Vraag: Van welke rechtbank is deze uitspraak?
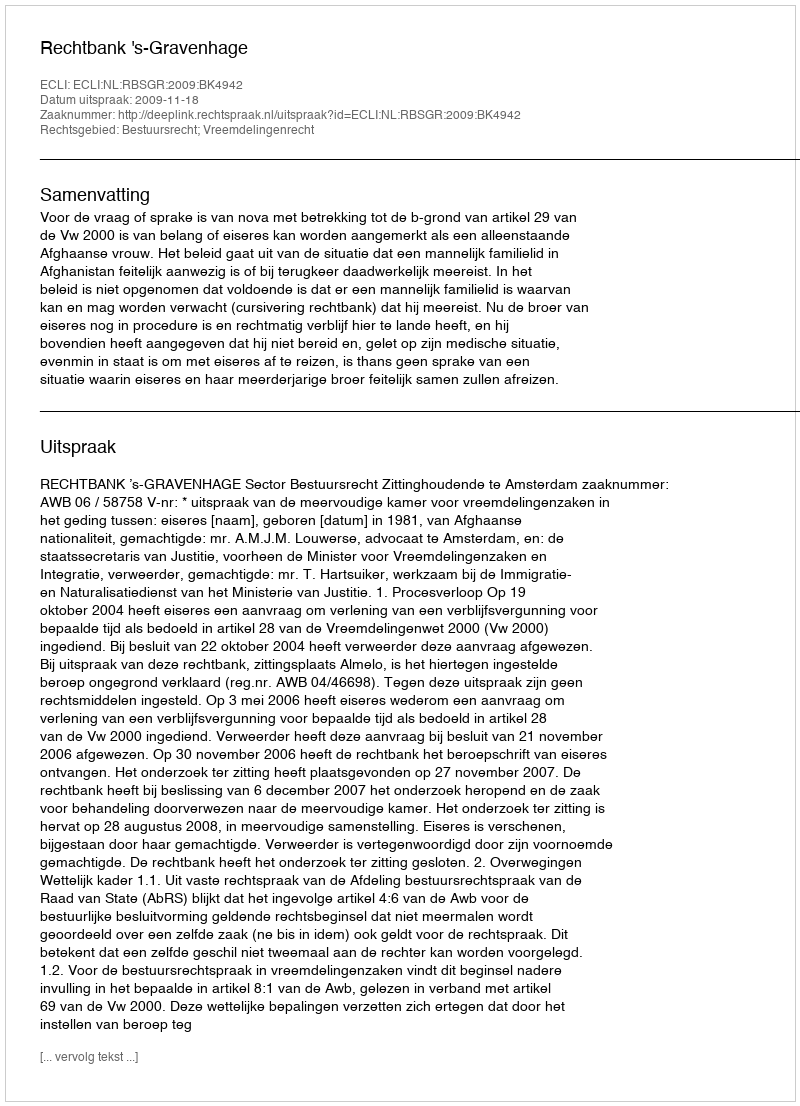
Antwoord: Rechtbank 's-Gravenhage